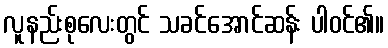
လူနည်းစုလေးတွင် သခင်အောင်ဆန်း ပါဝင်၏။